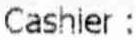
CASHIER :